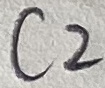
Text: C2